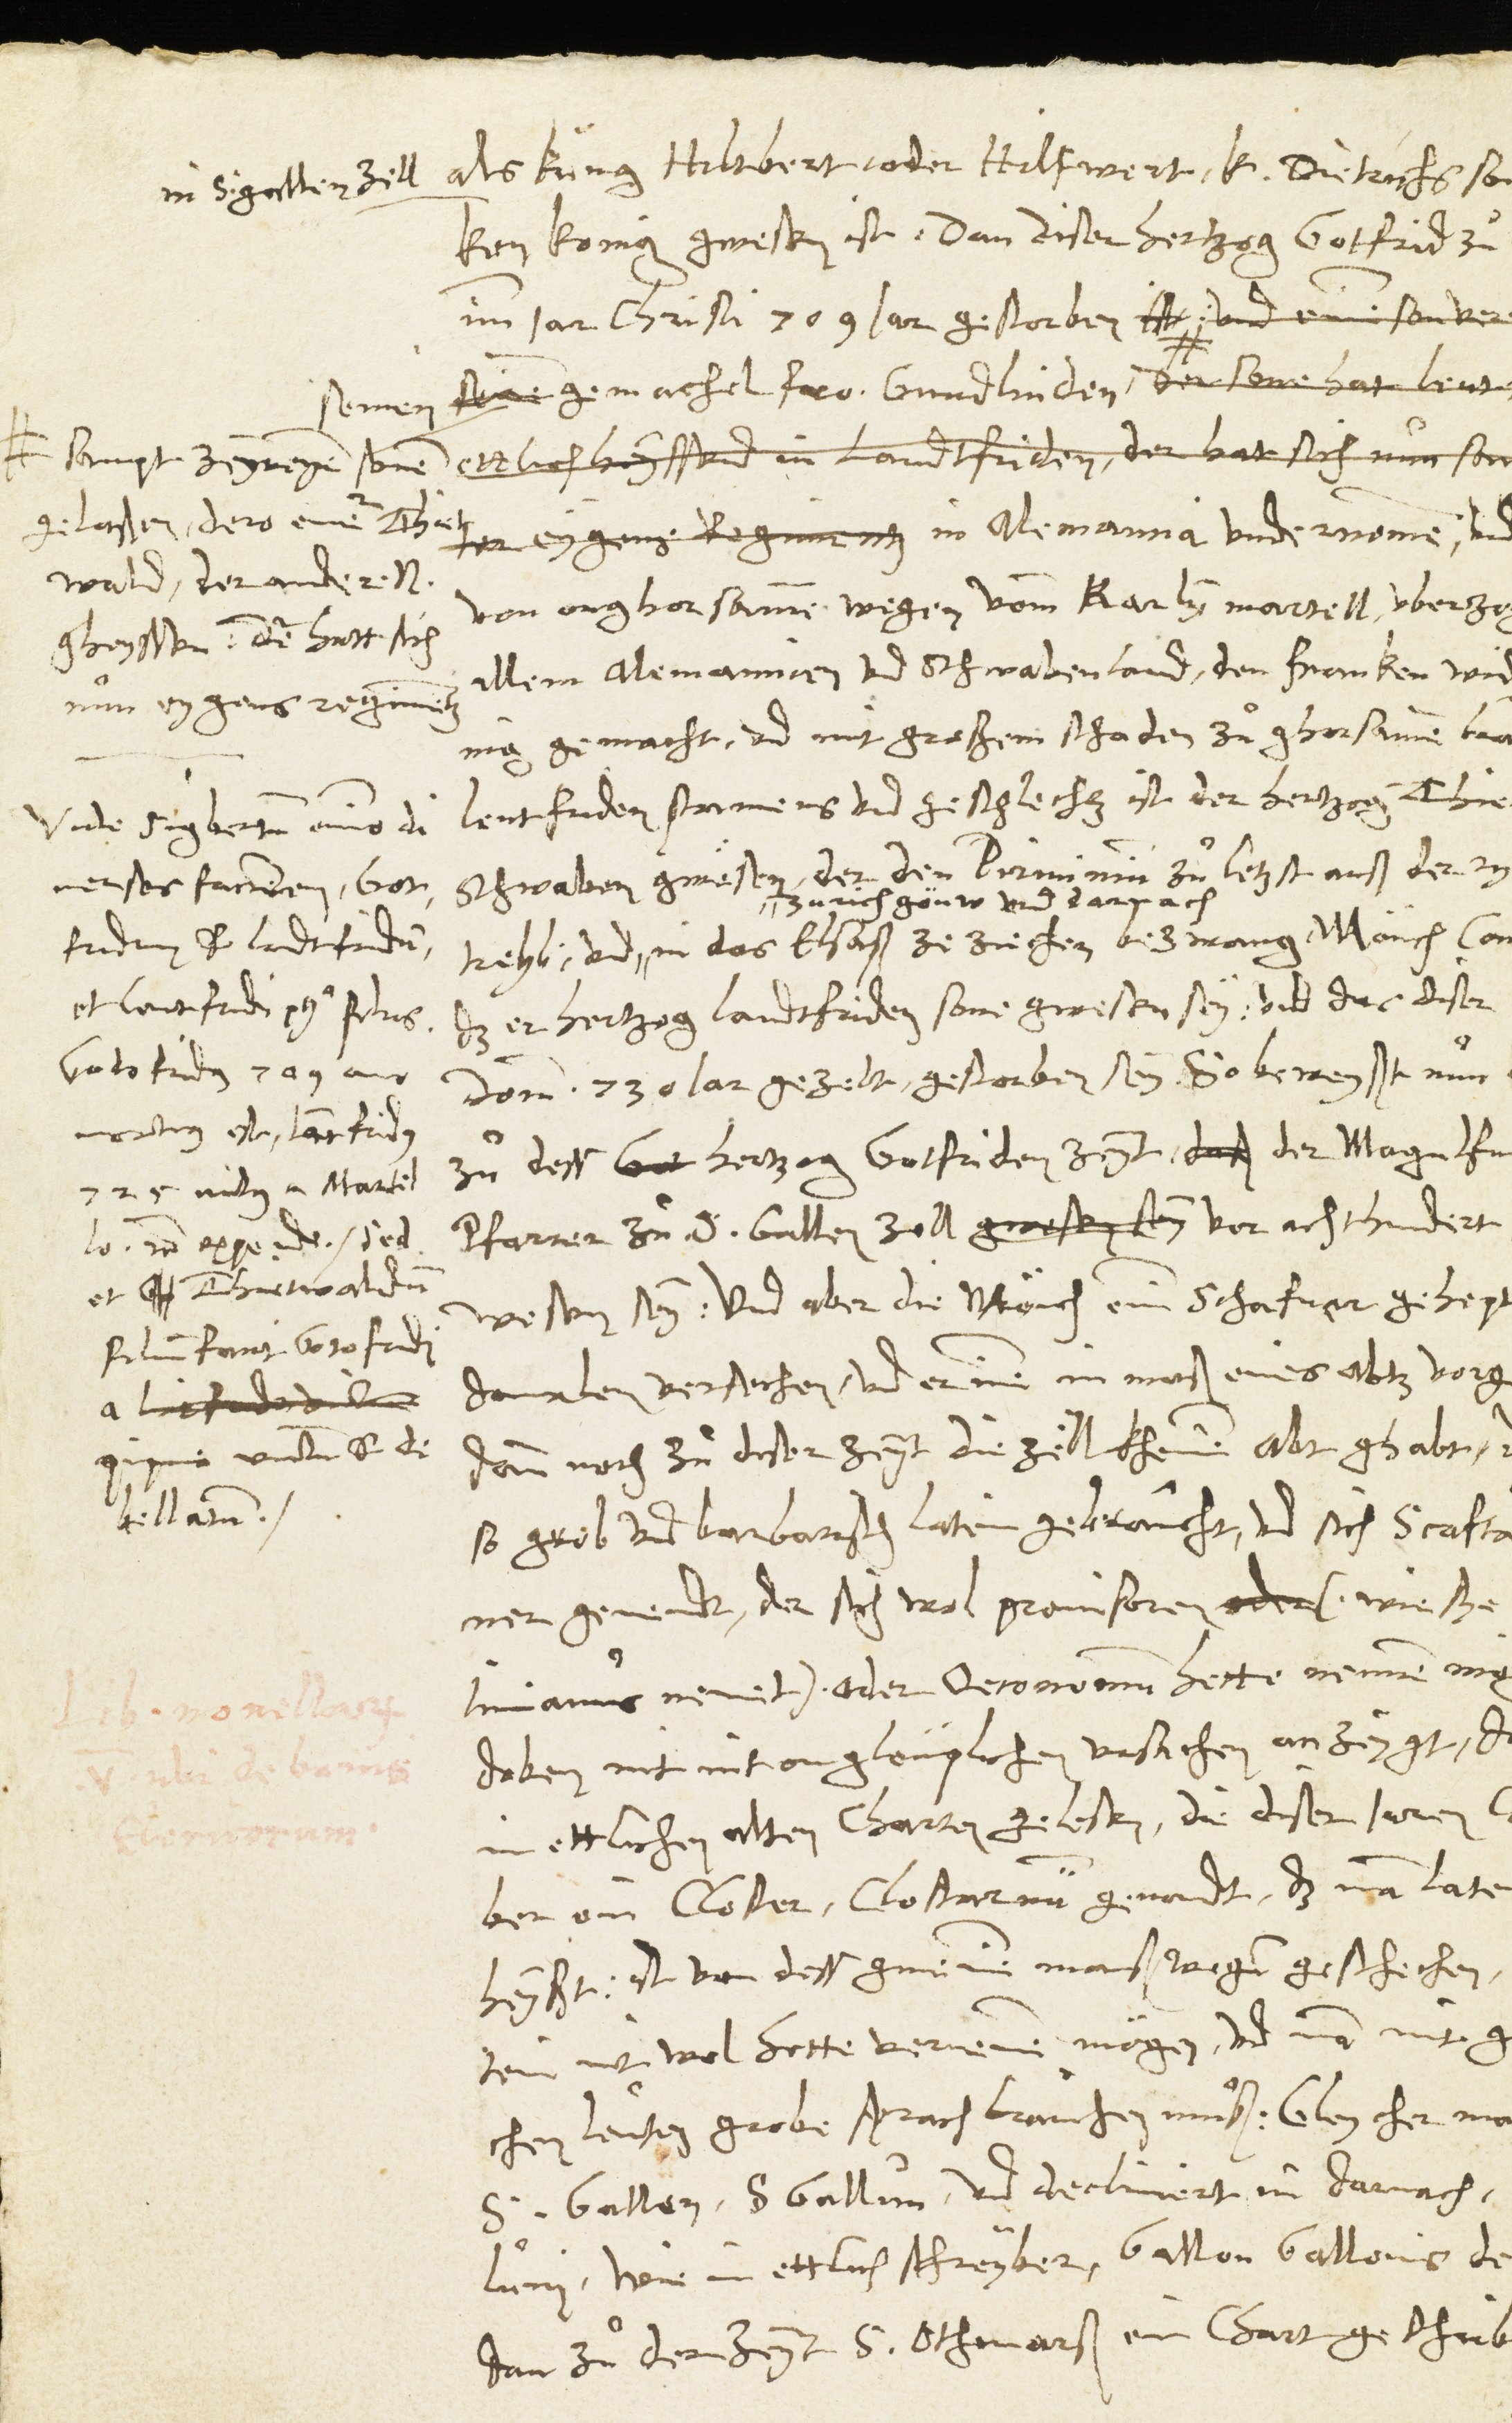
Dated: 1546–1546